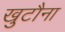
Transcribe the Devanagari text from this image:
खुटौना